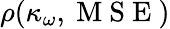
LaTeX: \rho(\kappa_{\omega},\mathrm{~M~S~E~})